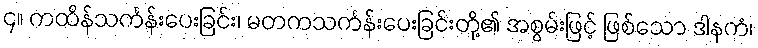
၄။ ကထိန်သင်္ကန်းပေးခြင်း၊ မတကသင်္ကန်းပေးခြင်းတို့၏ အစွမ်းဖြင့် ဖြစ်သော ဒါနကံ၊